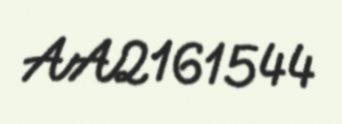
AA2161544